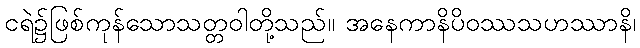
ငရဲ၌ဖြစ်ကုန်သောသတ္တဝါတို့သည်။ အနေကာနိပိဝဿသဟဿာနိ၊